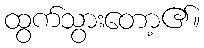
ထွက်သွားတော့၏။